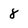
Character: 8